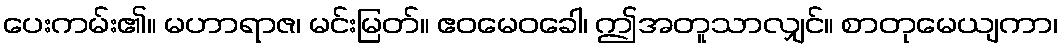
ပေးကမ်း၏။ မဟာရာဇ၊ မင်းမြတ်။ ဧဝမေဝခေါ၊ ဤအတူသာလျှင်။ စာတုမေယျကာ၊